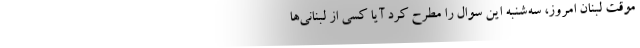
موقت لبنان امروز، سه‌شنبه این سوال را مطرح کرد آیا کسی از لبنانی‌ها